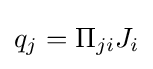
q_{j}=\Pi _{ji}J_{i}